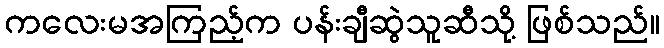
ကလေးမအကြည့်က ပန်းချီဆွဲသူဆီသို့ ဖြစ်သည်။